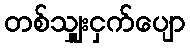
တစ်သျှူးငှက်ပျော